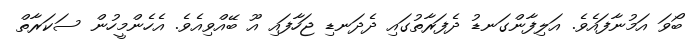
ބޯވަ އަމުނާފައެވެ. އަލިފާންގަނޑު ދެފަރާތުގައި ދެދަނޑި ޖަހާފައި އޫ ބޭއްވިއެވެ. އެހެންމީހުން ސަކަރާތް